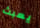
يعبث